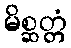
မိစ္ဆတ္တံ